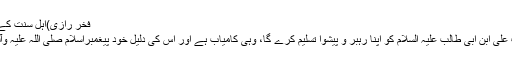
فخر رازی)اہلِ سنت کے مشہور و معروف مفکر)
”جوکوئی دین میں حضرت علی ابن ابی طالب علیہ السلام کو اپنا رہبر و پیشوا تسلیم کرے گا، وہی کامیاب ہے اور اس کی دلیل خود پیغمبراسلام صلی اللہ علیہ وآلہ وسلم کا فرمانِ پاک ہے۔